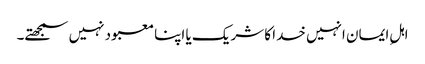
اہلِ ایمان انہیں خدا کا شریک یا اپنا معبود نہیں سمجھتے۔